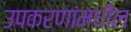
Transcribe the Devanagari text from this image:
उपकरणांमधील